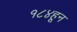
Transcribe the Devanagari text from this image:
१८४हून